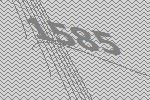
1585